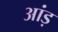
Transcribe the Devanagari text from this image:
आंड़